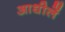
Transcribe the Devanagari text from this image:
आधीलें